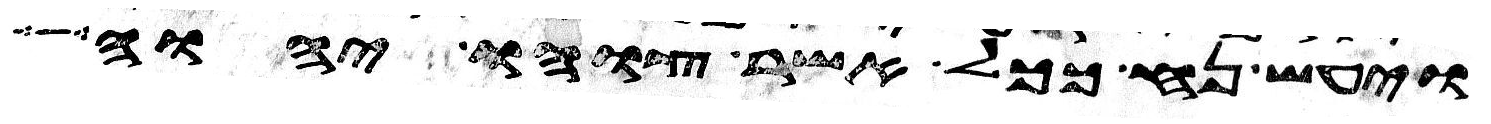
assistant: ויעש נח ככל אשר צוהו יהוה